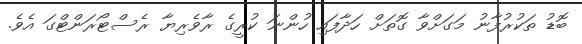
ބޮޑު ތަކުރުފާނު މަގަށްވާ ގޮތަށް ހަދާފައި ހުންނަ ކުރީގެ ރާވެރިޔާ ރެސްޓޯރަންޓްގަ އެވެ.